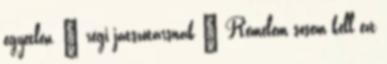
egyetlen, ” régi játszótársnak ” Remélem sosem kell ezt